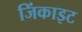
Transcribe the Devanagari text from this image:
जिंकाइट